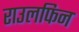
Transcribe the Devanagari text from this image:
राउलफिन